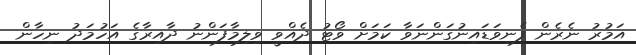
އަމުރު ނެރެން ފެނިވަޑައިނުގަންނަވާ ކަމަށް ވޯޓު ދެއްވީ ވިލިމާފަންނު ދާއިރާގެ އަހުމަދު ނިހާން